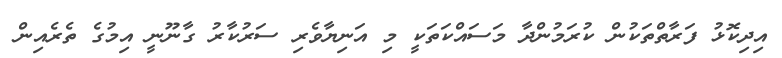
އިދިކޮޅު ފަރާތްތަކުން ކުރަމުންދާ މަސައްކަތަކީ މި އަނިޔާވެރި ސަރުކާރު ގާނޫނީ އިމުގެ ތެރެއިން